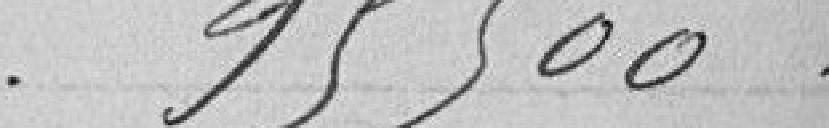
95500